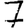
Digit: 7